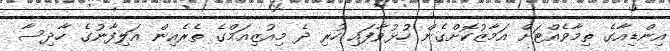
އިންޑިއާގެ ތިމާވެއްޓަށް އަމާޒުކޮށްގެން ހުޅުވާފައި ހުރި ދެ މިއުޒިއަމްގެ ތެރެއިން އަލިފާނުގެ ހާދިސާ